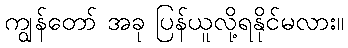
ကျွန်တော် အခု ပြန်ယူလို့ရနိုင်မလား။